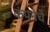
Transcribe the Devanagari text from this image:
कंपनेचे